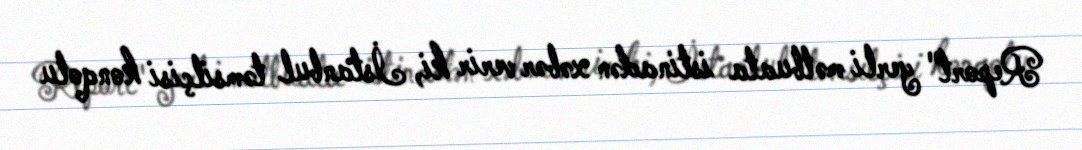
Report" yerli mətbuata istinadən xəbər verir ki, İstanbul təmsilçisi konqolu